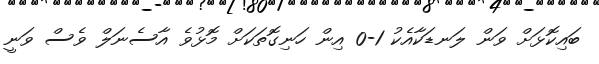
ބައިކޮޅަށް ވަން ލަނޑަކާއެކު 1-0 އިން ހަނިގޮތަކަށް މޮޅުވެ އާސެނަލް ވެސް ވަނީ